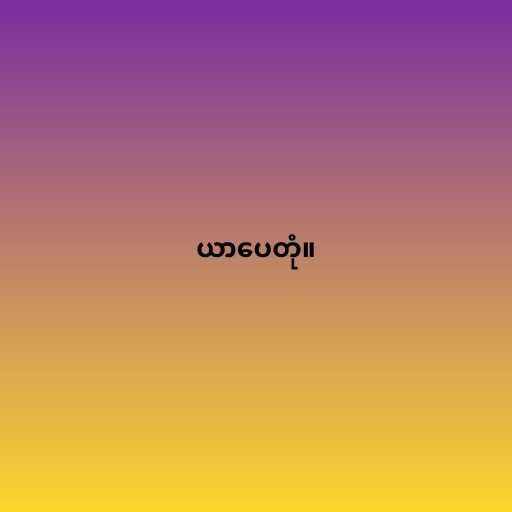
ယာပေတုံ။